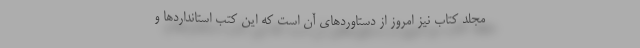
مجلد کتاب نیز امروز از دستاوردهای آن است که این کتب استانداردها و